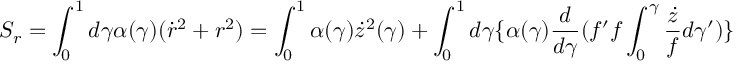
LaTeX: S _ { r } = \int _ { 0 } ^ { 1 } d \gamma \alpha ( \gamma ) ( \dot { r } ^ { 2 } + r ^ { 2 } ) = \int _ { 0 } ^ { 1 } \alpha ( \gamma ) \dot { z } ^ { 2 } ( \gamma ) + \int _ { 0 } ^ { 1 } d \gamma \{ \alpha ( \gamma ) \frac { d } { d \gamma } ( f ^ { \prime } f \int _ { 0 } ^ { \gamma } \frac { \dot { z } } { f } d \gamma ^ { \prime } ) \}